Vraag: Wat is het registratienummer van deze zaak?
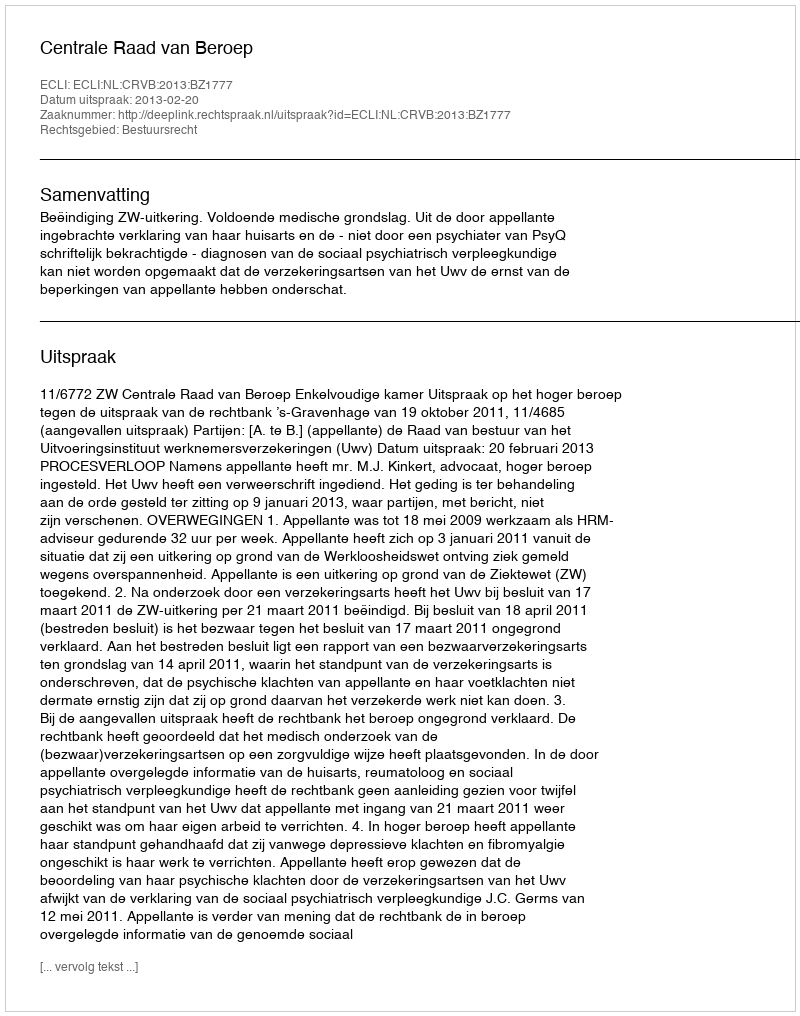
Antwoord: http://deeplink.rechtspraak.nl/uitspraak?id=ECLI:NL:CRVB:2013:BZ1777